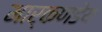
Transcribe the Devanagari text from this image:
मार्कणडेय